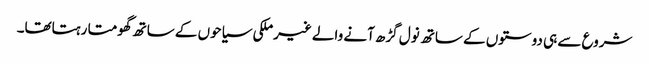
شروع سے ہی دوستوں کے ساتھ نول گڑھ آنے والے غیرملکی سیاحوں کے ساتھ گھومتا رہتاتھا۔